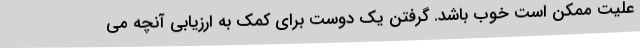
علیت ممکن است خوب باشد. گرفتن یک دوست برای کمک به ارزیابی آنچه می